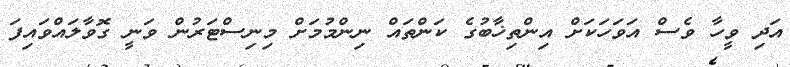
އަދި ވީހާ ވެސް އަވަހަކަށް އިންތިޚާބުގެ ކަންތައް ނިންމުމަށް މިނިސްޓަރުން ވަނީ ގޮވާލައްވައިފަ